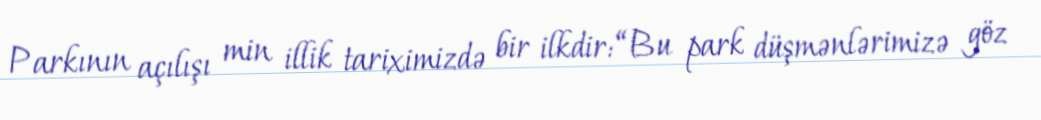
Parkının açılışı min illik tariximizdə bir ilkdir: “Bu park düşmənlərimizə göz